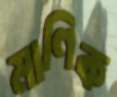
মাণিক